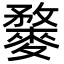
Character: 𪍓